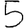
Digit: 5